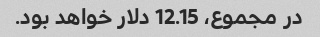
در مجموع، 12.15 دلار خواهد بود.